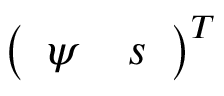
\left( \begin{array} { l l } { \psi } & { s } \end{array} \right) ^ { T }